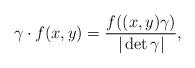
LaTeX: \begin{align*} \gamma \cdot f(x,y) = \frac{f((x,y)\gamma)}{|\det \gamma|},\end{align*}